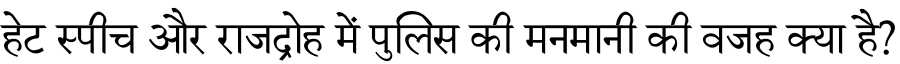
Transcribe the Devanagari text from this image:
हेट स्पीच और राजद्रोह में पुलिस की मनमानी की वजह क्या है?